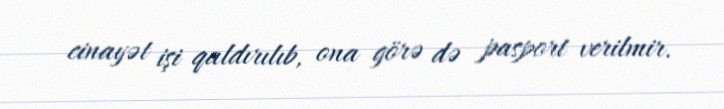
cinayət işi qaldırılıb, ona görə də pasport verilmir.